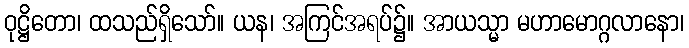
ဝုဋ္ဌိတော၊ ထသည်ရှိသော်။ ယန၊ အကြင်အရပ်၌။ အာယသ္မာ မဟာမောဂ္ဂလာနော၊